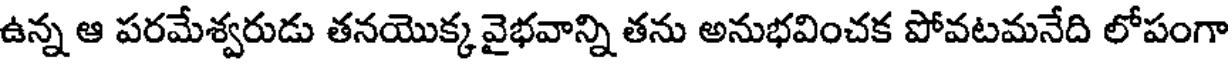
ఉన్న ఆ పరమేశ్వరుడు తనయొక్క వైభవాన్ని తను అనుభవించక పోవటమనేది లోపంగా